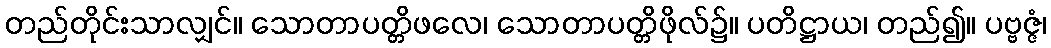
တည်တိုင်းသာလျှင်။ သောတာပတ္တိဖလေ၊ သောတာပတ္တိဖိုလ်၌။ ပတိဋ္ဌာယ၊ တည်၍။ ပဗ္ဗဇ္ဇံ၊